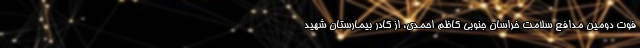
فوت دومین مدافع سلامت خراسان جنوبی کاظم احمدی، از کادر بیمارستان شهید